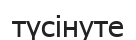
түсінуте